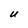
Character: U